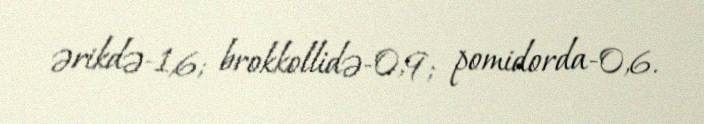
ərikdə-1,6; brokkollidə-0,9; pomidorda-0,6.